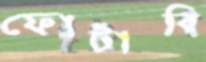
ফোটাবি